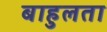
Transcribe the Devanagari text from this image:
बाहुलता